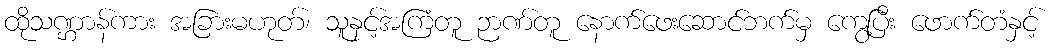
ထိုသဏ္ဌာန်ကား အခြားမဟုတ်၊ သူနှင့်အကြံတူ ဉာဏ်တူ နောက်ဖေးဆောင်ဘက်မှ ကွေ့ပြီး ဖောက်တံနှင့်